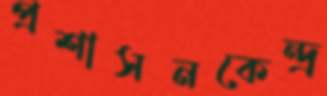
প্রশাসনকেন্দ্র